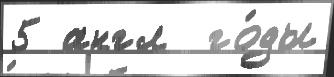
5 англ  го́ды